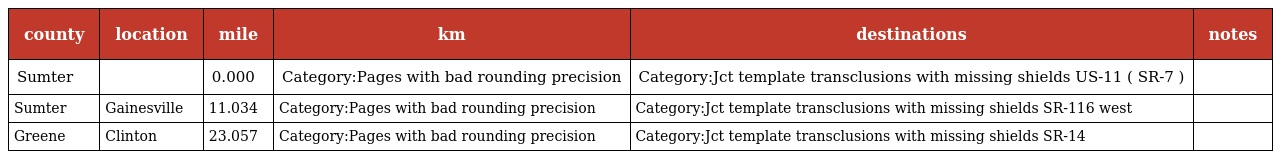
| county | location | mile | km | destinations | notes |
 | --- | --- | --- | --- | --- | --- |
 | Sumter |  | 0.000 | Category:Pages with bad rounding precision | Category:Jct template transclusions with missing shields US-11 ( SR-7 ) |  |
 | Sumter | Gainesville | 11.034 | Category:Pages with bad rounding precision | Category:Jct template transclusions with missing shields SR-116 west |  |
 | Greene | Clinton | 23.057 | Category:Pages with bad rounding precision | Category:Jct template transclusions with missing shields SR-14 |  |